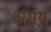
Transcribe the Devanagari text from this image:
असूय